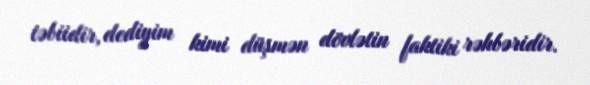
təbiidir, dediyim kimi düşmən dövlətin faktiki rəhbəridir.